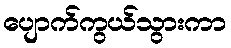
ပျောက်ကွယ်သွားကာ